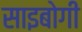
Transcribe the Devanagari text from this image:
साइबोगी